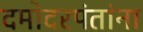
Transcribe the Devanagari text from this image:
दमोदरपंतांना